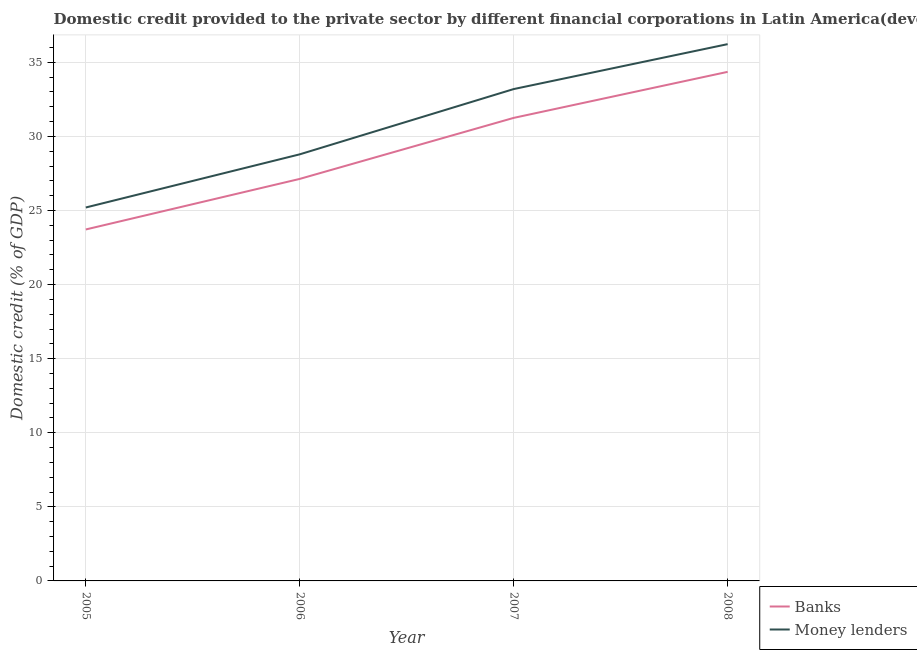
| Year | Banks | Money lenders |
 | --- | --- | --- |
 | 2005 | 23.7 | 25.2 |
 | 2006 | 27.1 | 28.8 |
 | 2007 | 31.2 | 33.2 |
 | 2008 | 34.4 | 36.2 |